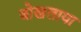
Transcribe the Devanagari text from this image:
बोखलाया